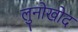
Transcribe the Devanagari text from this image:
लुनोखोद